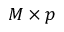
M \times p